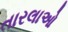
તારલાઓ